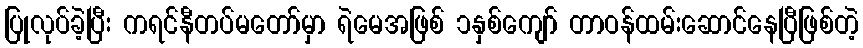
ပြုလုပ်ခဲ့ပြီး ကရင်နီတပ်မတော်မှာ ရဲမေအဖြစ် ၁နှစ်ကျော် တာဝန်ထမ်းဆောင်နေပြီဖြစ်တဲ့